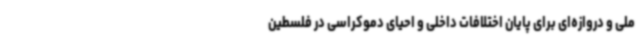
ملی و دروازه‌ای برای پایان اختلافات داخلی و احیای دموکراسی در فلسطین